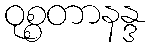
ဝုစ္စတာနန္ဒ